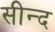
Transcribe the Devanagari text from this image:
सीन्द